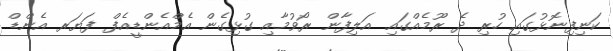
ކަނިފިނޮޅުގައި ހުރި ދެ ރޫމެއްގައި އަލިފާން ރޯވުމާއި ގުޅިގެން އެމްއެންޑީއެފް ފަޔަރ އެންޑް